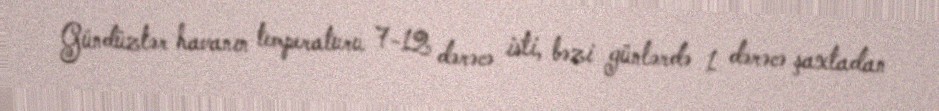
Gündüzlər havanın temperaturu 7-12 dərəcə isti, bəzi günlərdə 1 dərəcə şaxtadan